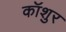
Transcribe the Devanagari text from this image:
कॉशुर